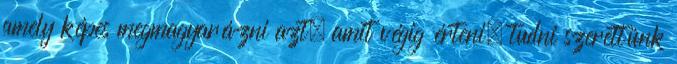
amely képes megmagyarázni azt, amit végig érteni, tudni szerettünk